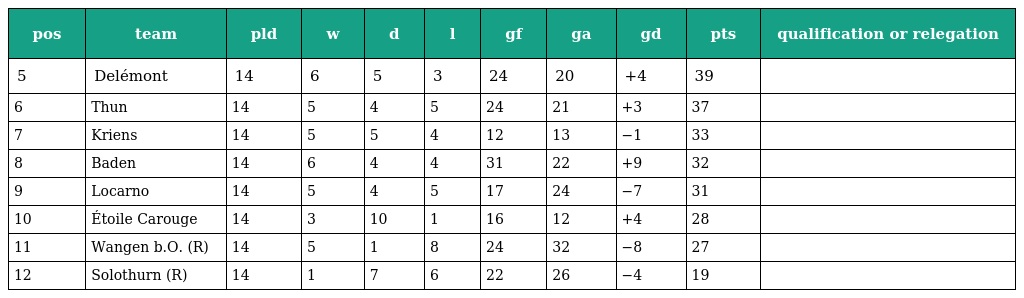
| pos | team | pld | w | d | l | gf | ga | gd | pts | qualification or relegation |
 | --- | --- | --- | --- | --- | --- | --- | --- | --- | --- | --- |
 | 5 | Delémont | 14 | 6 | 5 | 3 | 24 | 20 | +4 | 39 |  |
 | 6 | Thun | 14 | 5 | 4 | 5 | 24 | 21 | +3 | 37 |  |
 | 7 | Kriens | 14 | 5 | 5 | 4 | 12 | 13 | −1 | 33 |  |
 | 8 | Baden | 14 | 6 | 4 | 4 | 31 | 22 | +9 | 32 |  |
 | 9 | Locarno | 14 | 5 | 4 | 5 | 17 | 24 | −7 | 31 |  |
 | 10 | Étoile Carouge | 14 | 3 | 10 | 1 | 16 | 12 | +4 | 28 |  |
 | 11 | Wangen b.O. (R) | 14 | 5 | 1 | 8 | 24 | 32 | −8 | 27 |  |
 | 12 | Solothurn (R) | 14 | 1 | 7 | 6 | 22 | 26 | −4 | 19 |  |